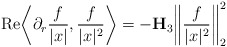
\begin{align*}\mathrm{Re} \bigg\langle \partial_r \frac{f}{|x|}, \frac{f}{|x|^2} \bigg\rangle = - \mathbf{H}_{3} \bigg\| \frac{f}{|x|^2} \bigg\|_{2}^2\end{align*}